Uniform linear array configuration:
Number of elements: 8
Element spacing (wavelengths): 0.25
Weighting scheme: kaiser
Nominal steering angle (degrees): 15
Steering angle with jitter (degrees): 15.777
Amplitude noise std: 0.05
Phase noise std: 0.05

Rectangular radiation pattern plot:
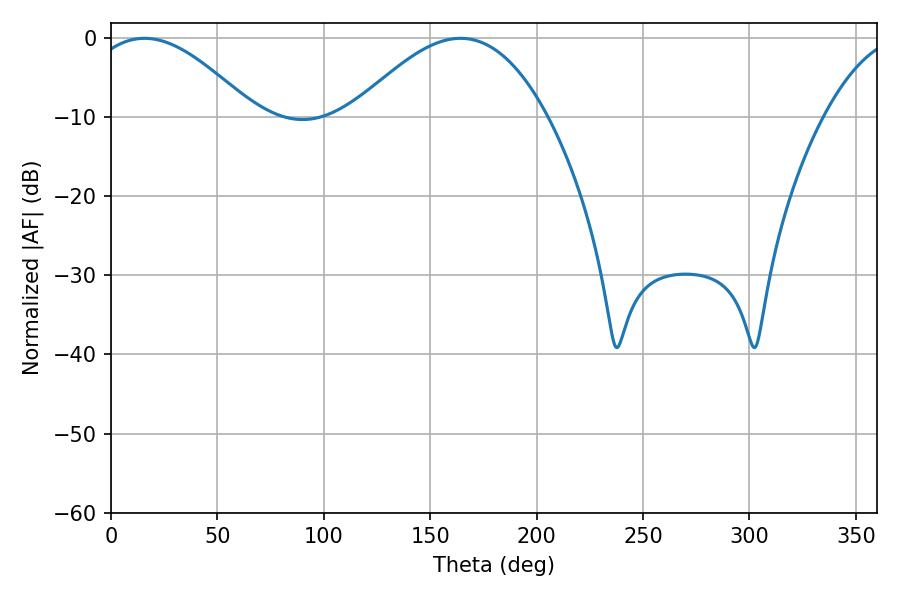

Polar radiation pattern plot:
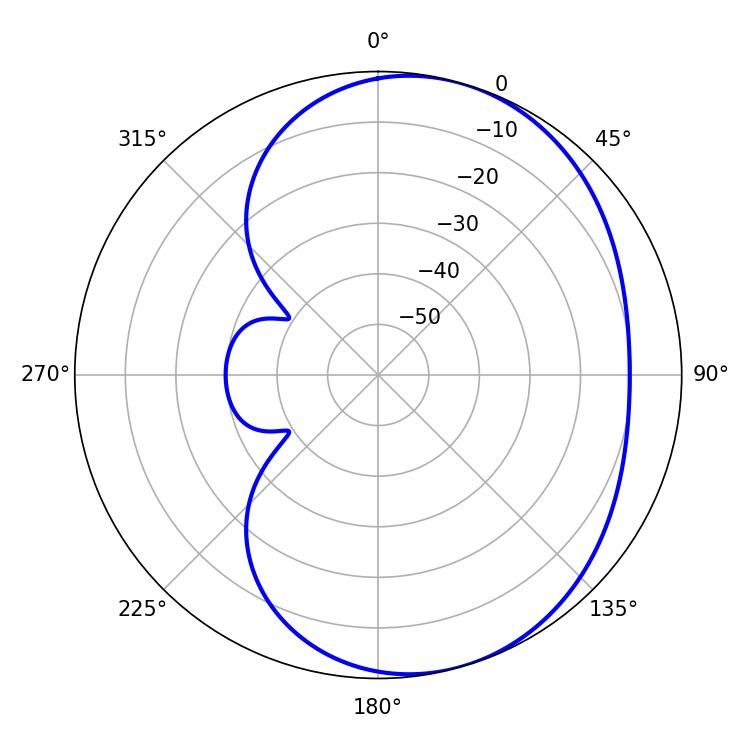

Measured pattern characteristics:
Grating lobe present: FALSE
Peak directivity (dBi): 4.968
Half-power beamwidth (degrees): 42.48
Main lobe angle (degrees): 15.66